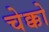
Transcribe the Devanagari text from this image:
चेक्को